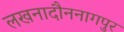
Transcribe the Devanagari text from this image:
लखनादौननागपुर